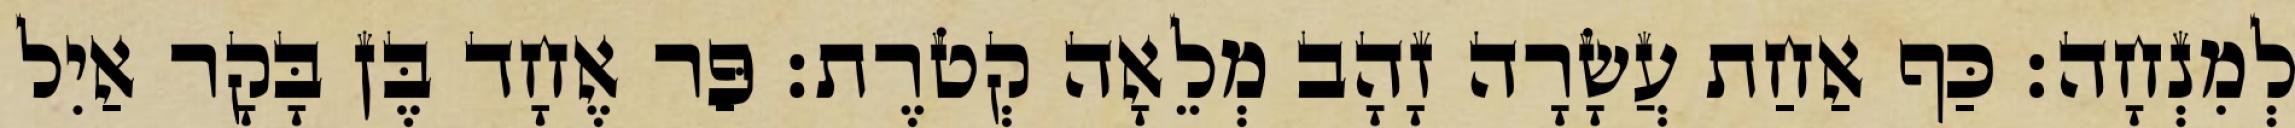
לְמִנְחָה׃ כַּף אַחַת עֲשָׂרָה זָהָב מְלֵאָה קְטֹרֶת׃ פַּר אֶחָד בֶּן בָּקָר אַיִל